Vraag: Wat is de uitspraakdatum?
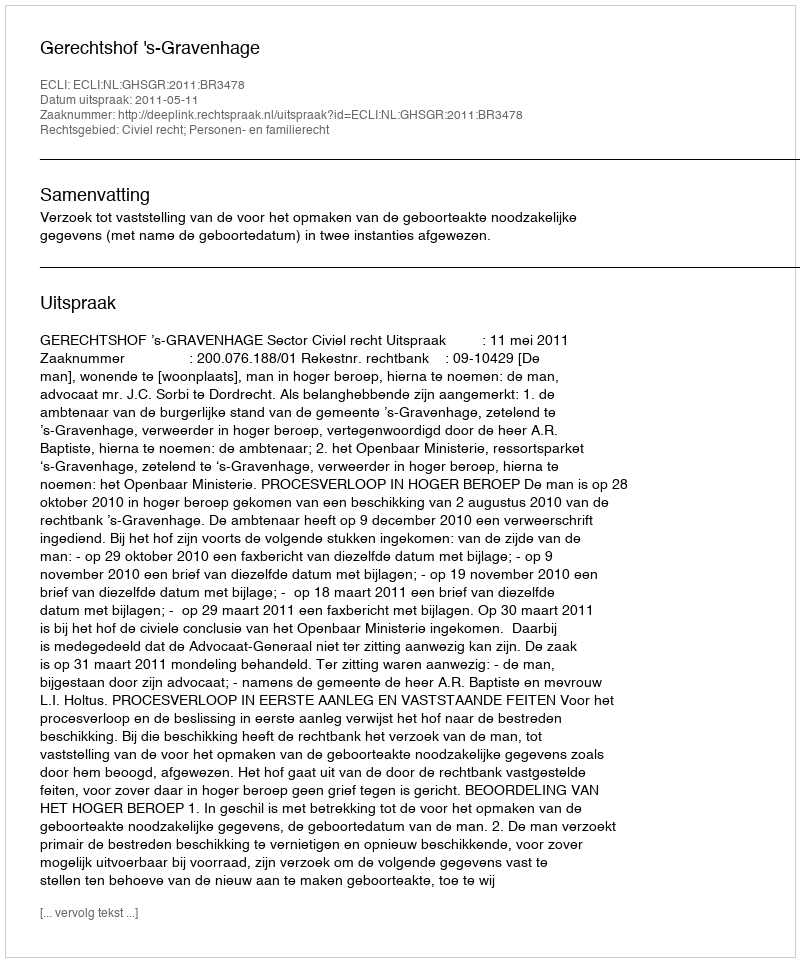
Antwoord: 2011-05-11